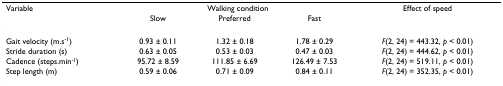
| Variable | <COLSPAN=3> Walking condition | Effect of speed |
 |  | Slow | Preferred | Fast |  |
 | --- | --- | --- | --- | --- |
 | Gait velocity (m.s-1) | 0.93 ± 0.11 | 1.32 ± 0.18 | 1.78 ± 0.29 | F(2, 24) = 443.32, p < 0.01) |
 | Stride duration (s) | 0.63 ± 0.05 | 0.53 ± 0.03 | 0.47 ± 0.03 | F(2, 24) = 444.62, p < 0.01) |
 | Cadence (steps.min-1) | 95.72 ± 8.59 | 111.85 ± 6.69 | 126.49 ± 7.53 | F(2, 24) = 519.11, p < 0.01) |
 | Step length (m) | 0.59 ± 0.06 | 0.71 ± 0.09 | 0.84 ± 0.11 | F(2, 24) = 352.35, p < 0.01) |